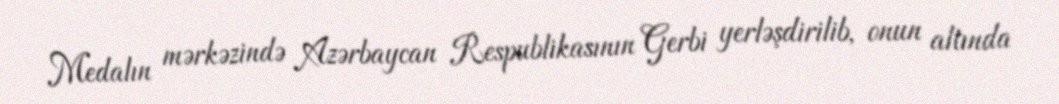
Medalın mərkəzində Azərbaycan Respublikasının Gerbi yerləşdirilib, onun altında